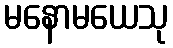
မနောမယေသု